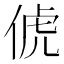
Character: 俿